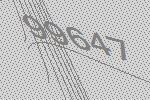
99647